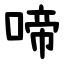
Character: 啼